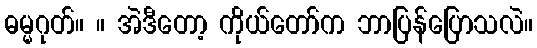
ဓမ္မဂုတ်။ ။ အဲဒီတော့ ကိုယ်တော်က ဘာပြန်ပြောသလဲ။